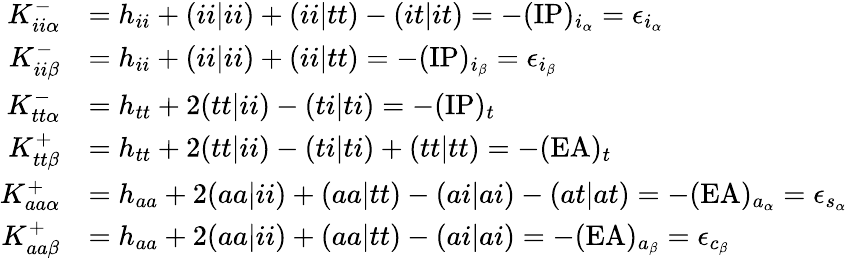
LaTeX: \begin{array}{rl}{K_{ii\alpha}^{-}}&{=h_{ii}+(ii|ii)+(ii|tt)-(it|it)=-(\mathrm{IP})_{i_{\alpha}}=\epsilon_{i_{\alpha}}}\\ {K_{ii\beta}^{-}}&{=h_{ii}+(ii|ii)+(ii|tt)=-(\mathrm{IP})_{i_{\beta}}=\epsilon_{i_{\beta}}}\\ {K_{tt\alpha}^{-}}&{=h_{tt}+2(tt|ii)-(ti|ti)=-(\mathrm{IP})_{t}}\\ {K_{tt\beta}^{+}}&{=h_{tt}+2(tt|ii)-(ti|ti)+(tt|tt)=-(\mathrm{EA})_{t}}\\ {K_{aa\alpha}^{+}}&{=h_{aa}+2(aa|ii)+(aa|tt)-(ai|ai)-(at|at)=-(\mathrm{EA})_{a_{\alpha}}=\epsilon_{s_{\alpha}}}\\ {K_{aa\beta}^{+}}&{=h_{aa}+2(aa|ii)+(aa|tt)-(ai|ai)=-(\mathrm{EA})_{a_{\beta}}=\epsilon_{c_{\beta}}}\end{array}